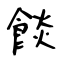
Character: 餤